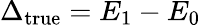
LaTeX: \Delta_{\mathrm{true}}=E_{1}-E_{0}